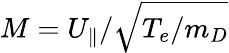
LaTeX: M=U_{\parallel}/\sqrt{T_{e}/m_{D}}